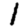
Digit: 1